Bombay plague: being a history of the progress of plague in the Bombay presidency from September 1896 to June 1899
Year: 1896
Disease focus: Plague
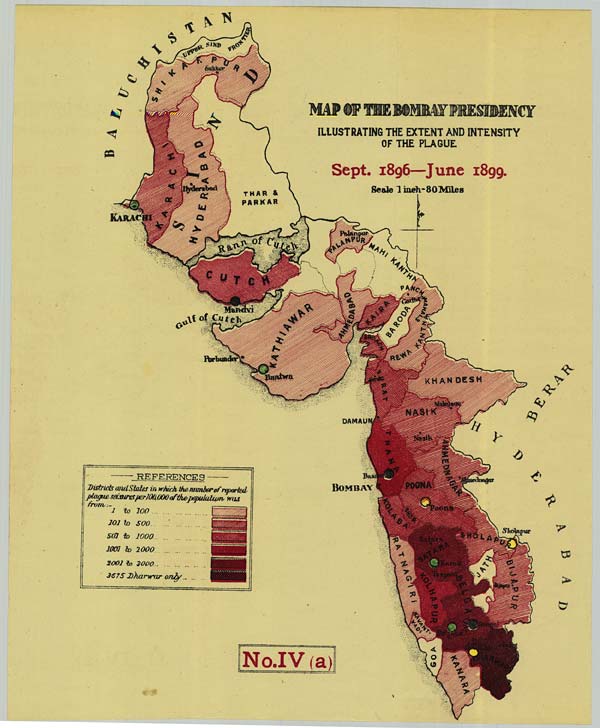
No.IV (a)